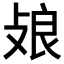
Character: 𢽂